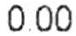
0.00